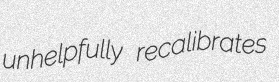
unhelpfully recalibrates